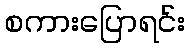
စကားပြောရင်း